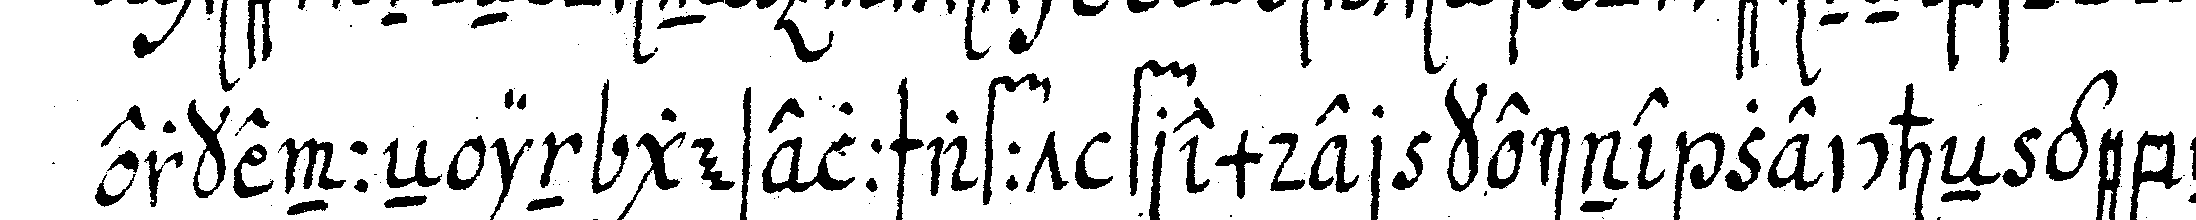
erkenneN in gesellschafft fremder keine zeicheN gebeN